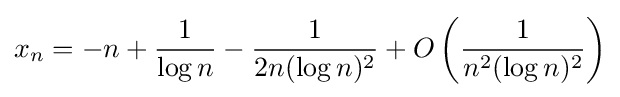
x_{n}=-n+{\frac {1}{\log n}}-{\frac {1}{2n(\log n)^{2}}}+O\left({\frac {1}{n^{2}(\log n)^{2}}}\right)